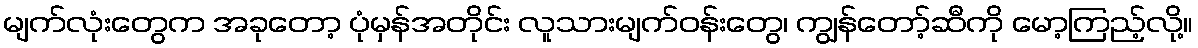
မျက်လုံးတွေက အခုတော့ ပုံမှန်အတိုင်း လူသားမျက်ဝန်းတွေ၊ ကျွန်တော့်ဆီကို မော့ကြည့်လို့။